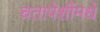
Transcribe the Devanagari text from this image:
चतापेशींमधे